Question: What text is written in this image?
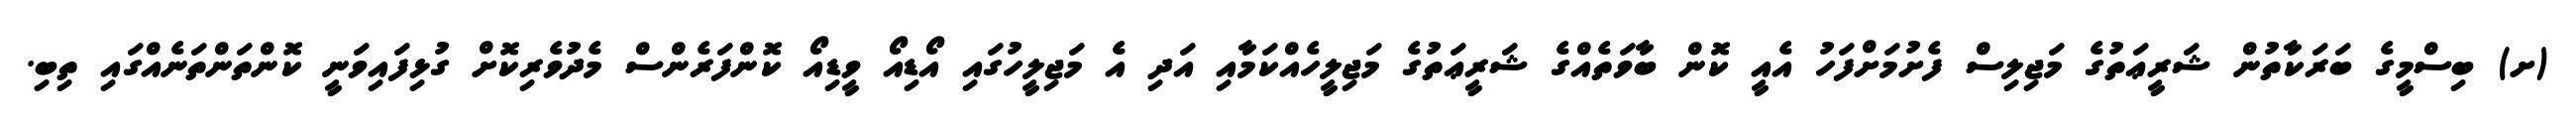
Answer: (ށ) ބިސްމީގެ ބަރަކާތުން ޝަރީޢަތުގެ މަޖިލިސް ފެށުމަށްފަހު އެއީ ކޮން ބާވަތެއްގެ ޝަރީޢަތުގެ މަޖިލީހެއްކަމާއި އަދި އެ މަޖިލީހުގައި އޯޑިއޯ ވީޑިއޯ ކޮންފަރެންސް މެދުވެރިކޮށް ގުޅިފައިވަނީ ކޮންތަންތަނެއްގައި ތިބި.